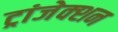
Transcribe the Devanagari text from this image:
ट्रांजेक्‍शन